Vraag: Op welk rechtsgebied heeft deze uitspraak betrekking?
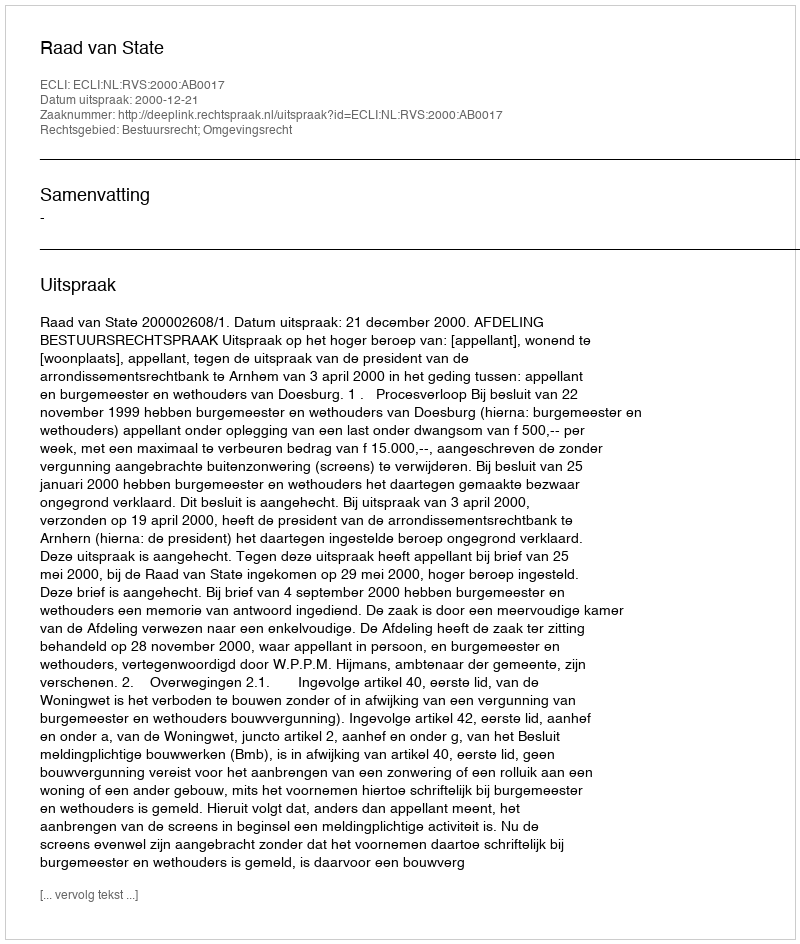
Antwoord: Bestuursrecht; Omgevingsrecht